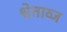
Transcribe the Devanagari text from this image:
श्वेताव्ज